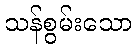
သန်စွမ်းသော